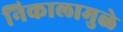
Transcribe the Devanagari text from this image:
निकालामुळे